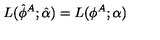
L ( \hat { \phi } ^ { A } ; \hat { \alpha } ) = L ( \phi ^ { A } ; \alpha )